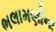
ભલામણોના